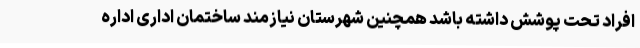
افراد تحت پوشش داشته باشد همچنین شهرستان نیازمند ساختمان اداری اداره